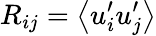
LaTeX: {R_{ij}}=\left\langle{{u_{i}^{\prime}}{u_{j}^{\prime}}}\right\rangle